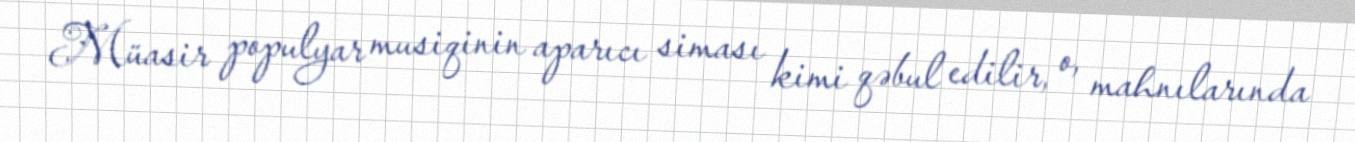
Müasir populyar musiqinin aparıcı siması kimi qəbul edilir, o, mahnılarında